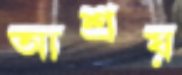
আশ্রয়